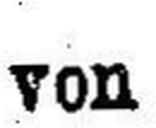
von